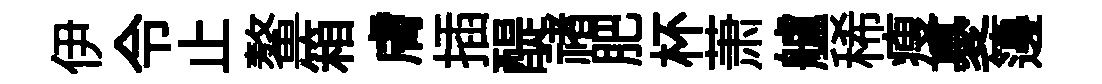
伊令止鳌箱膚插醍禇肥杯萧艫稀瘦憂籩